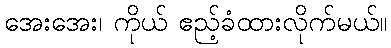
အေးအေး၊ ကိုယ် ဧည့်ခံထားလိုက်မယ်။